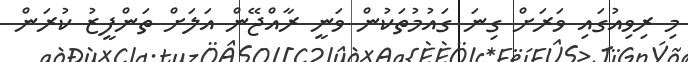
މި ރިވިއުގައި ވަރަށް ގިނަ ގައުމުތަކުން ވަނީ ރާއްޖޭން އަލަށް ތަންފީޒު ކުރަން